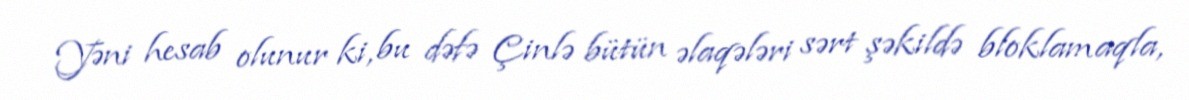
Yəni hesab olunur ki, bu dəfə Çinlə bütün əlaqələri sərt şəkildə bloklamaqla,